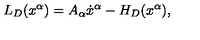
L _ { D } ( x ^ { \alpha } ) = A _ { \alpha } \dot { x } ^ { \alpha } - H _ { D } ( x ^ { \alpha } ) ,